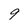
Character: 9